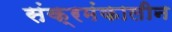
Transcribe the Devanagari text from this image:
संक्रमंकालीन